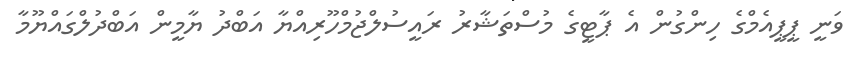
ވަނީ ޕީޕީއެމްގެ ހިންގުން އެ ޕާޓީގެ މުސްތަޝާރު ރައީސުލްޖުމްހޫރިއްޔާ އަބްދު ޔާމީން އަބްދުލްގައްޔޫމާ